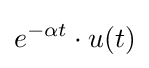
e^{-\alpha t}\cdot u(t)